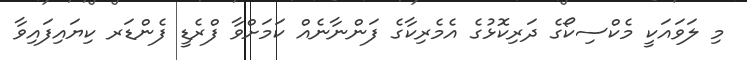
މި ލަވައަކީ މެކްސިކޯގެ ދަރިކޮޅުގެ އެމެރިކާގެ ފަންނާނެއް ކަމަށްވާ ފްރެޑީ ފެންޑަރ ކިޔައިފައިވާ